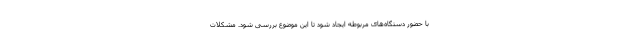
با حضور دستگاه‌های مربوطه ایجاد شود تا این موضوع بررسی شود. مشکلات